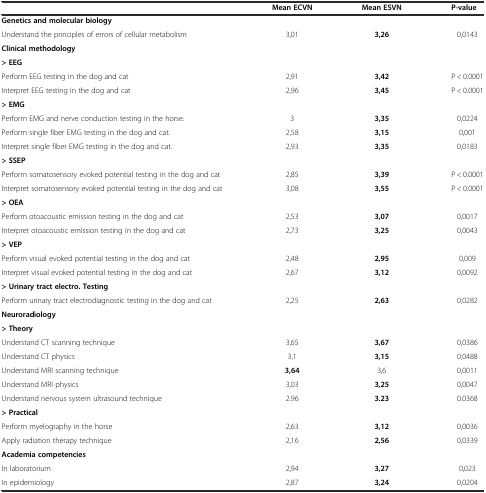
<table><thead><tr><td></td><td><b>Mean ECVN</b></td><td><b>Mean ESVN</b></td><td><b>P-value</b></td></tr></thead><tbody><tr><td><b>Genetics and molecular biology</b></td><td></td><td></td><td></td></tr><tr><td>Understand the principles of errors of cellular metabolism</td><td>3,01</td><td><b>3,26</b></td><td>0,0143</td></tr><tr><td><b>Clinical methodology</b></td><td></td><td></td><td></td></tr><tr><td><b>&gt; EEG</b></td><td></td><td></td><td></td></tr><tr><td>Perform EEG testing in the dog and cat</td><td>2,91</td><td><b>3,42</b></td><td>P &lt; 0.0001</td></tr><tr><td>Interpret EEG testing in the dog and cat</td><td>2,96</td><td><b>3,45</b></td><td>P &lt; 0.0001</td></tr><tr><td><b>&gt; EMG</b></td><td></td><td></td><td></td></tr><tr><td>Perform EMG and nerve conduction testing in the horse.</td><td>3</td><td><b>3,35</b></td><td>0,0224</td></tr><tr><td>Perform single fiber EMG testing in the dog and cat.</td><td>2,58</td><td><b>3,15</b></td><td>0,001</td></tr><tr><td>Interpret single fiber EMG testing in the dog and cat.</td><td>2,93</td><td><b>3,35</b></td><td>0,0183</td></tr><tr><td><b>&gt; SSEP</b></td><td></td><td></td><td></td></tr><tr><td>Perform somatosensory evoked potential testing in the dog and cat</td><td>2,85</td><td><b>3,39</b></td><td>P &lt; 0.0001</td></tr><tr><td>Interpret somatosensory evoked potential testing in the dog and cat</td><td>3,08</td><td><b>3,55</b></td><td>P &lt; 0.0001</td></tr><tr><td><b>&gt; OEA</b></td><td></td><td></td><td></td></tr><tr><td>Perform otoacoustic emission testing in the dog and cat</td><td>2,53</td><td><b>3,07</b></td><td>0,0017</td></tr><tr><td>Interpret otoacoustic emission testing in the dog and cat</td><td>2,73</td><td><b>3,25</b></td><td>0,0043</td></tr><tr><td><b>&gt; VEP</b></td><td></td><td></td><td></td></tr><tr><td>Perform visual evoked potential testing in the dog and cat</td><td>2,48</td><td><b>2,95</b></td><td>0,009</td></tr><tr><td>Interpret visual evoked potential testing in the dog and cat</td><td>2,67</td><td><b>3,12</b></td><td>0,0092</td></tr><tr><td><b>&gt; Urinary tract electro. Testing</b></td><td></td><td></td><td></td></tr><tr><td>Perform urinary tract electrodiagnostic testing in the dog and cat</td><td>2,25</td><td><b>2,63</b></td><td>0,0282</td></tr><tr><td><b>Neuroradiology</b></td><td></td><td></td><td></td></tr><tr><td><b>&gt; Theory</b></td><td></td><td></td><td></td></tr><tr><td>Understand CT scanning technique</td><td>3,65</td><td><b>3,67</b></td><td>0,0386</td></tr><tr><td>Understand CT physics</td><td>3,1</td><td><b>3,15</b></td><td>0,0488</td></tr><tr><td>Understand MRI scanning technique</td><td><b>3,64</b></td><td>3,6</td><td>0,0011</td></tr><tr><td>Understand MRI physics</td><td>3,03</td><td><b>3,25</b></td><td>0,0047</td></tr><tr><td>Understand nervous system ultrasound technique</td><td>2.96</td><td><b>3.23</b></td><td>0.0368</td></tr><tr><td><b>&gt; Practical</b></td><td></td><td></td><td></td></tr><tr><td>Perform myelography in the horse</td><td>2,63</td><td><b>3,12</b></td><td>0,0036</td></tr><tr><td>Apply radiation therapy technique</td><td>2,16</td><td><b>2,56</b></td><td>0,0339</td></tr><tr><td><b>Academia competencies</b></td><td></td><td></td><td></td></tr><tr><td>In laboratorium</td><td>2,94</td><td><b>3,27</b></td><td>0,023</td></tr><tr><td>In epidemiology</td><td>2,87</td><td><b>3,24</b></td><td>0,0204</td></tr></tbody></table>